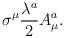
LaTeX: \begin{align*}\sigma^{\mu} \frac{\lambda^{a}}{2} A_{\mu}^{a}.\end{align*}